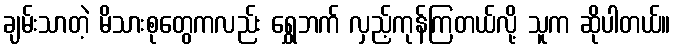
ချမ်းသာတဲ့ မိသားစုတွေကလည်း ရွှေဘက် လှည့်ကုန်ကြတယ်လို့ သူက ဆိုပါတယ်။